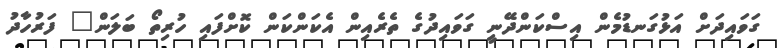
ގަވައިދަށް އަޅުގަނޑުމެން އިސްކަންދޭނީ ގަވައިދުގެ ތެރެއިން އެކަންކަން ކޮށްފައި ހުރިތޯ ބަލަން" ފަރުހާދު